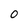
Character: O